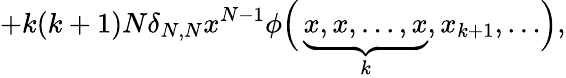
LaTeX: +k(k+1)N\delta_{N,N}x^{N-1}\phi\Bigl(\, \underbrace{x,x,\dots,x}_{k},x_{k+1},\dots\Bigr),